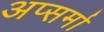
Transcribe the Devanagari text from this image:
अप्सर्मा